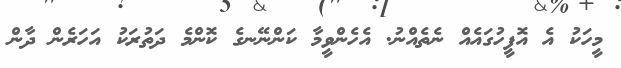
މީހަކު އެ އޮފީހުގައެއް ނެތެއްނު. އެހެންވީމާ ކަންނޭނގެ ކޮންމެ ދަތުރަކު އަހަރެން ދާން